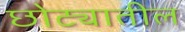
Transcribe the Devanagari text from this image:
छोट्यातील